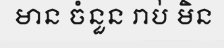
មាន ចំនួន រាប់ មិន